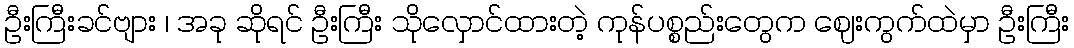
ဦးကြီးခင်ဗျား ၊ အခု ဆိုရင် ဦးကြီး သိုလှောင်ထားတဲ့ ကုန်ပစ္စည်းတွေက ဈေးကွက်ထဲမှာ ဦးကြီး